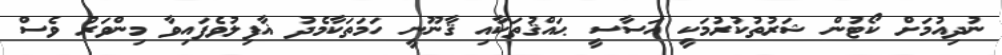
ނުދިއުމަށް ކޯޓުން ޝަރުތުކުރުމަކީ އަސާސީ ޙައްޤުތަކާއި ޤާނޫނީ ހަމަތަކާމެދު ޣާފިލުވެފައިވާ މިންވަރު ވެސް